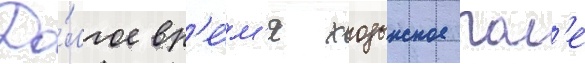
До́лгое вр'е́м'я ходынское пол'е